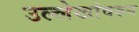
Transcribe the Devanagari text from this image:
उल्लेखांवरुन